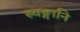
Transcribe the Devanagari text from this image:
स्यङ्गानि